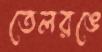
তেলরঙে